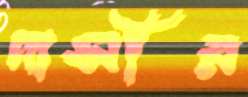
দাসীর